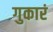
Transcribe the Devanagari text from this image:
गुकारं